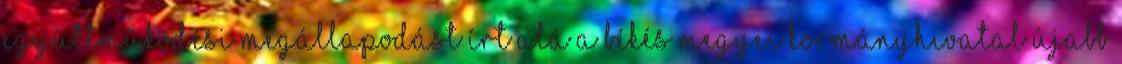
együttműködési megállapodást írt alá a Békés Megyei Kormányhivatal Újabb